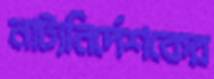
নাট্যনির্দেশকের